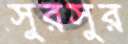
সুরসুর